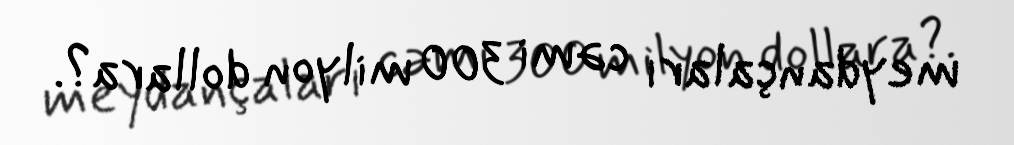
meydançaları cəmi 300 milyon dollara?.